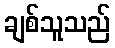
ချစ်သူသည်